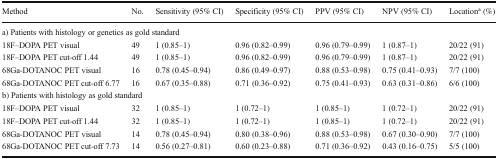
<table><thead><tr><td><b>Method</b></td><td><b>No.</b></td><td><b>Sensitivity (95% CI)</b></td><td><b>Specificity (95% CI)</b></td><td><b>PPV (95% CI)</b></td><td><b>NPV (95% CI)</b></td><td><b>Location<sup>a</sup> (%)</b></td></tr></thead><tbody><tr><td colspan="7">a) Patients with histology or genetics as gold standard</td></tr><tr><td>18F–DOPA PET visual</td><td>49</td><td>1 (0.85–1)</td><td>0.96 (0.82–0.99)</td><td>0.96 (0.79–0.99)</td><td>1 (0.87–1)</td><td>20/22 (91)</td></tr><tr><td>18F–DOPA PET cut-off 1.44</td><td>49</td><td>1 (0.85–1)</td><td>0.96 (0.82–0.99)</td><td>0.96 (0.79–0.99)</td><td>1 (0.87–1)</td><td>20/22 (91)</td></tr><tr><td>68Ga-DOTANOC PET visual</td><td>16</td><td>0.78 (0.45–0.94)</td><td>0.86 (0.49–0.97)</td><td>0.88 (0.53–0.98)</td><td>0.75 (0.41–0.93)</td><td>7/7 (100)</td></tr><tr><td>68Ga-DOTANOC PET cut-off 6.77</td><td>16</td><td>0.67 (0.35–0.88)</td><td>0.71 (0.36–0.92)</td><td>0.75 (0.41–0.93)</td><td>0.63 (0.31–0.86)</td><td>6/6 (100)</td></tr><tr><td colspan="7">b) Patients with histology as gold standard</td></tr><tr><td>18F–DOPA PET visual</td><td>32</td><td>1 (0.85–1)</td><td>1 (0.72–1)</td><td>1 (0.85–1)</td><td>1 (0.72–1)</td><td>20/22 (91)</td></tr><tr><td>18F–DOPA PET cut-off 1.44</td><td>32</td><td>1 (0.85–1)</td><td>1 (0.72–1)</td><td>1 (0.85–1)</td><td>1 (0.72–1)</td><td>20/22 (91)</td></tr><tr><td>68Ga-DOTANOC PET visual</td><td>14</td><td>0.78 (0.45–0.94)</td><td>0.80 (0.38–0.96)</td><td>0.88 (0.53–0.98)</td><td>0.67 (0.30–0.90)</td><td>7/7 (100)</td></tr><tr><td>68Ga-DOTANOC PET cut-off 7.73</td><td>14</td><td>0.56 (0.27–0.81)</td><td>0.60 (0.23–0.88)</td><td>0.71 (0.36–0.92)</td><td>0.43 (0.16–0.75)</td><td>5/5 (100)</td></tr></tbody></table>